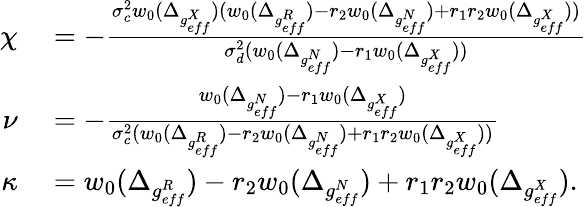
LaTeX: \begin{array}{rl}{\chi}&{{}=-\frac{\sigma_{c}^{2}w_{0}(\Delta_{g_{eff}^{X}})(w_{0}(\Delta_{g_{eff}^{R}})-r_{2}w_{0}(\Delta_{g_{eff}^{N}})+r_{1}r_{2}w_{0}(\Delta_{g_{eff}^{X}}))}{\sigma_{d}^{2}(w_{0}(\Delta_{g_{eff}^{N}})-r_{1}w_{0}(\Delta_{g_{eff}^{X}}))}}\\ {\nu}&{{}=-\frac{w_{0}(\Delta_{g_{eff}^{N}})-r_{1}w_{0}(\Delta_{g_{eff}^{X}})}{\sigma_{c}^{2}(w_{0}(\Delta_{g_{eff}^{R}})-r_{2}w_{0}(\Delta_{g_{eff}^{N}})+r_{1}r_{2}w_{0}(\Delta_{g_{eff}^{X}}))}}\\ {\kappa}&{{}=w_{0}(\Delta_{g_{eff}^{R}})-r_{2}w_{0}(\Delta_{g_{eff}^{N}})+r_{1}r_{2}w_{0}(\Delta_{g_{eff}^{X}}).}\end{array}